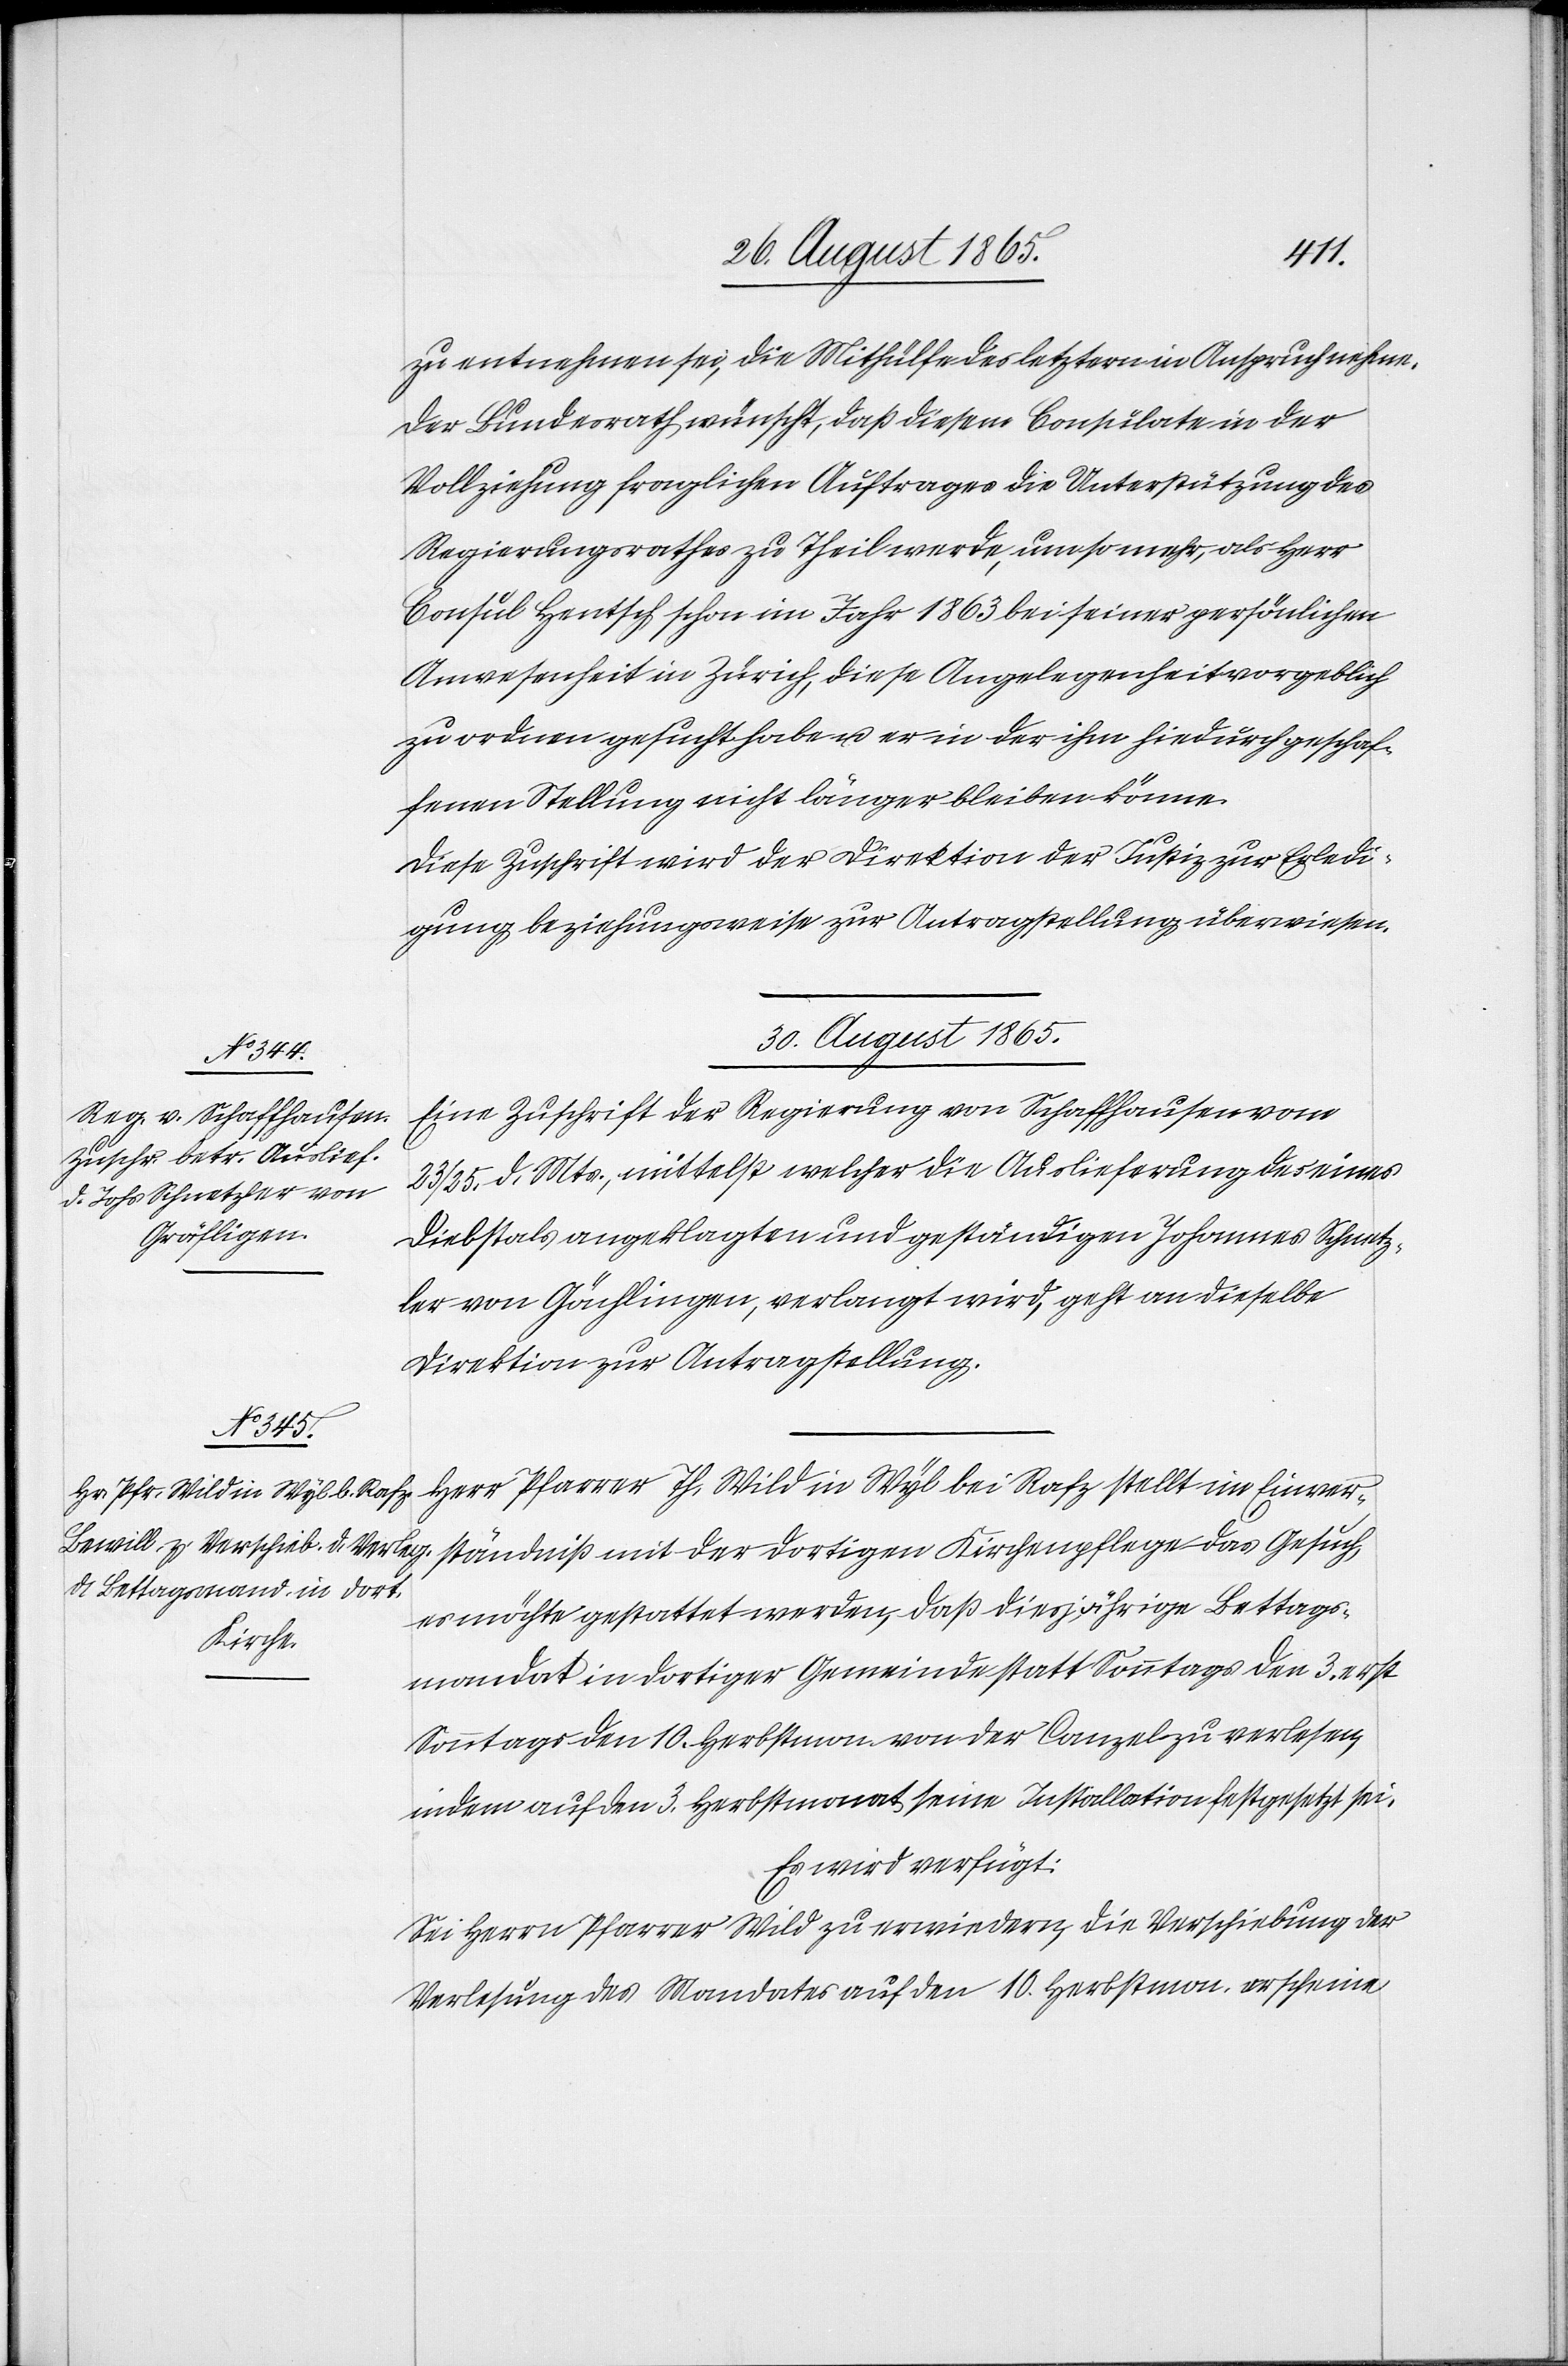
zu entnehmen sei, die Mithülfe des letztern in Anspruch nehme.
Der Bundesrath wünscht, daß diesem Consulate in der
Vollziehung fraglichen Auftrages die Unterstützung des
Regierungsrathes zu Theil werde, umso mehr, als Herr
Consul Hentsch schon im Jahr 1863 bei seiner persönlichen
Anwesenheit in Zürich, diese Angelegenheit vorgeblich
zu ordnen gesucht habe u. er in der ihm hiedurch geschaf¬
fenen Stellung nicht länger bleiben könne.
Diese Zuschrift wird er Direktion der Justiz zur Erledi¬
gung beziehungsweise zur Antragstellung überwiesen.
30. August 1865.]
Eine Zuschrift der Regierung von Schaffhausen vom
23/25. d. Mts., mittelst welcher die Auslieferung des eines
Diebstals angeklagten und geständigen Johannes Schnetz¬
ler von Gächlingen [sic!], verlangt wird, geht an dieselbe
Direktion zur Antragstellung.
niß mit
Herr Pfarrer Th. Wild in Wyl bei Rafz stellt im Einver¬
es möchte gestattet werden, das diesjährige Bettags¬
mandat in dortiger Gemeinde statt Sonntags den 3. erst
Sonntags den 10. Herbstmon. von der Canzel zu verlesen,
indem auf den 3. Herbstmonat seine Installation festgesetzt sei.
Es wird verfügt:
Sei Herrn Pfarrer Wild zu erwiedern, die Verschiebung der
Verlesung, des Mandates auf den 10. Herbstmon. erscheine